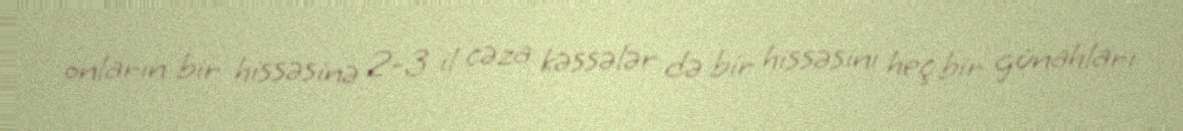
onların bir hissəsinə 2-3 il cəza kəssələr də bir hissəsini heç bir günahları